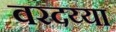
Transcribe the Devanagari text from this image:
वरदय्या